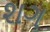
શગ